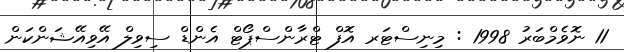
11 ނޮވެމްބަރު 1998 : މިނިސްޓަރ އޮފް ޓްރާންސްޕޯޓް އެންޑް ސިވިލް އޭވިއޭޝަންކަން